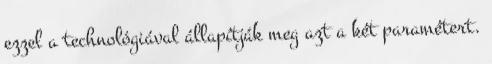
ezzel a technológiával állapítják meg azt a két paramétert.